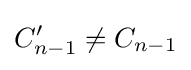
C_{n-1}'\not =C_{n-1}